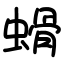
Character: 螖